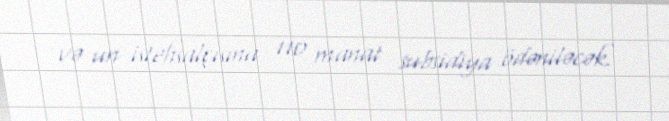
və un istehsalçısına 110 manat subsidiya ödəniləcək.